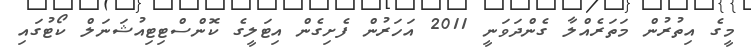
މީގެ އިތުުރުން މަތަރެެއްލާ ގެންދަވަނީ 2011 އަހަރުން ފެށިގެން އިޓަލީގެ ކޮންސްޓިޓިއުޝަނަލް ކޯޓުގައި